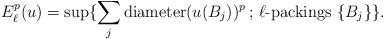
LaTeX: \begin{align*}E_{\ell}^{p}(u)=\sup\{\sum_{j}\mathrm{diameter}(u(B_j))^p \,;\,\ell\textrm{-packings }\{B_j\}\}.\end{align*}